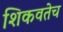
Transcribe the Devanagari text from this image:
शिकवतेच